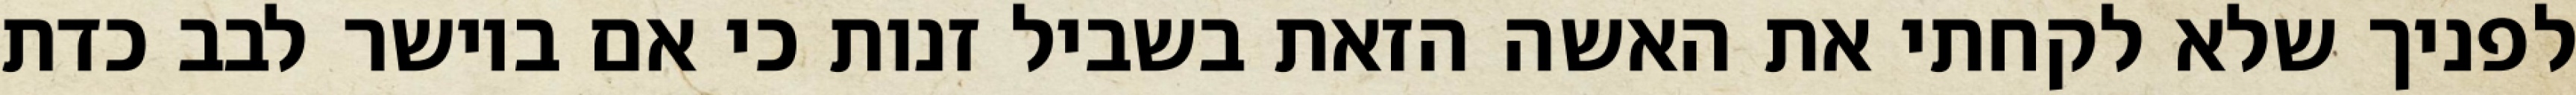
לפניך שלא לקחתי את האשה הזאת בשביל זנות כי אם ביושר לבב כדת